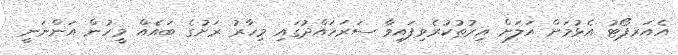
އެއަރޕޯޓު އެޅުމަށް އަލަށް އިރުތުކުރެވިފައިވާ ސަރަހައްދުގައި މިހާރު ރަށުގެ ބައެއް މީހުން އަންނަނީ